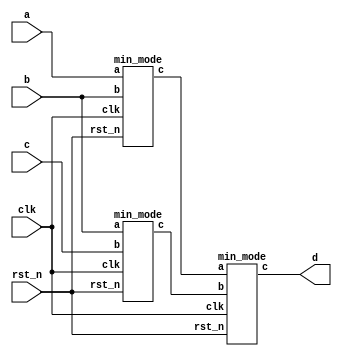
`timescale 1ns/1ns
module main_mod(
	input clk,
	input rst_n,
	input [7:0]a,
	input [7:0]b,
	input [7:0]c,
	
	output [7:0]d
);
    wire [7:0] c1, c2;
    min_mode ins1 (clk, rst_n, a, b, c1);
    min_mode ins2 (clk, rst_n, b, c, c2);
    min_mode ins3 (clk, rst_n, c1, c2, d);
endmodule

module min_mode(
    input clk,
    input rst_n,
    input [7:0]a,
    input [7:0]b,

    output reg [7:0]c
);
always @(posedge clk or negedge rst_n)
        if(!rst_n)
            c <= 0;
        else if (a > b) 
            c <= b;
        else 
            c <= a;
endmodule